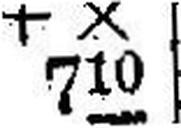
+ X 710